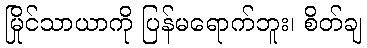
မြိုင်သာယာကို ပြန်မရောက်ဘူး၊ စိတ်ချ